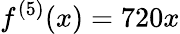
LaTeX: f^{(5)}(x)=720x